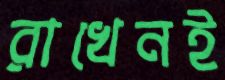
রাখেনই